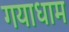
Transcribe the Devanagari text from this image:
गयाधाम